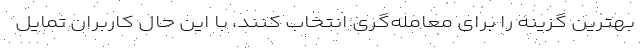
بهترین گزینه را برای معامله‌گری انتخاب کنند، با این حال کاربران تمایل